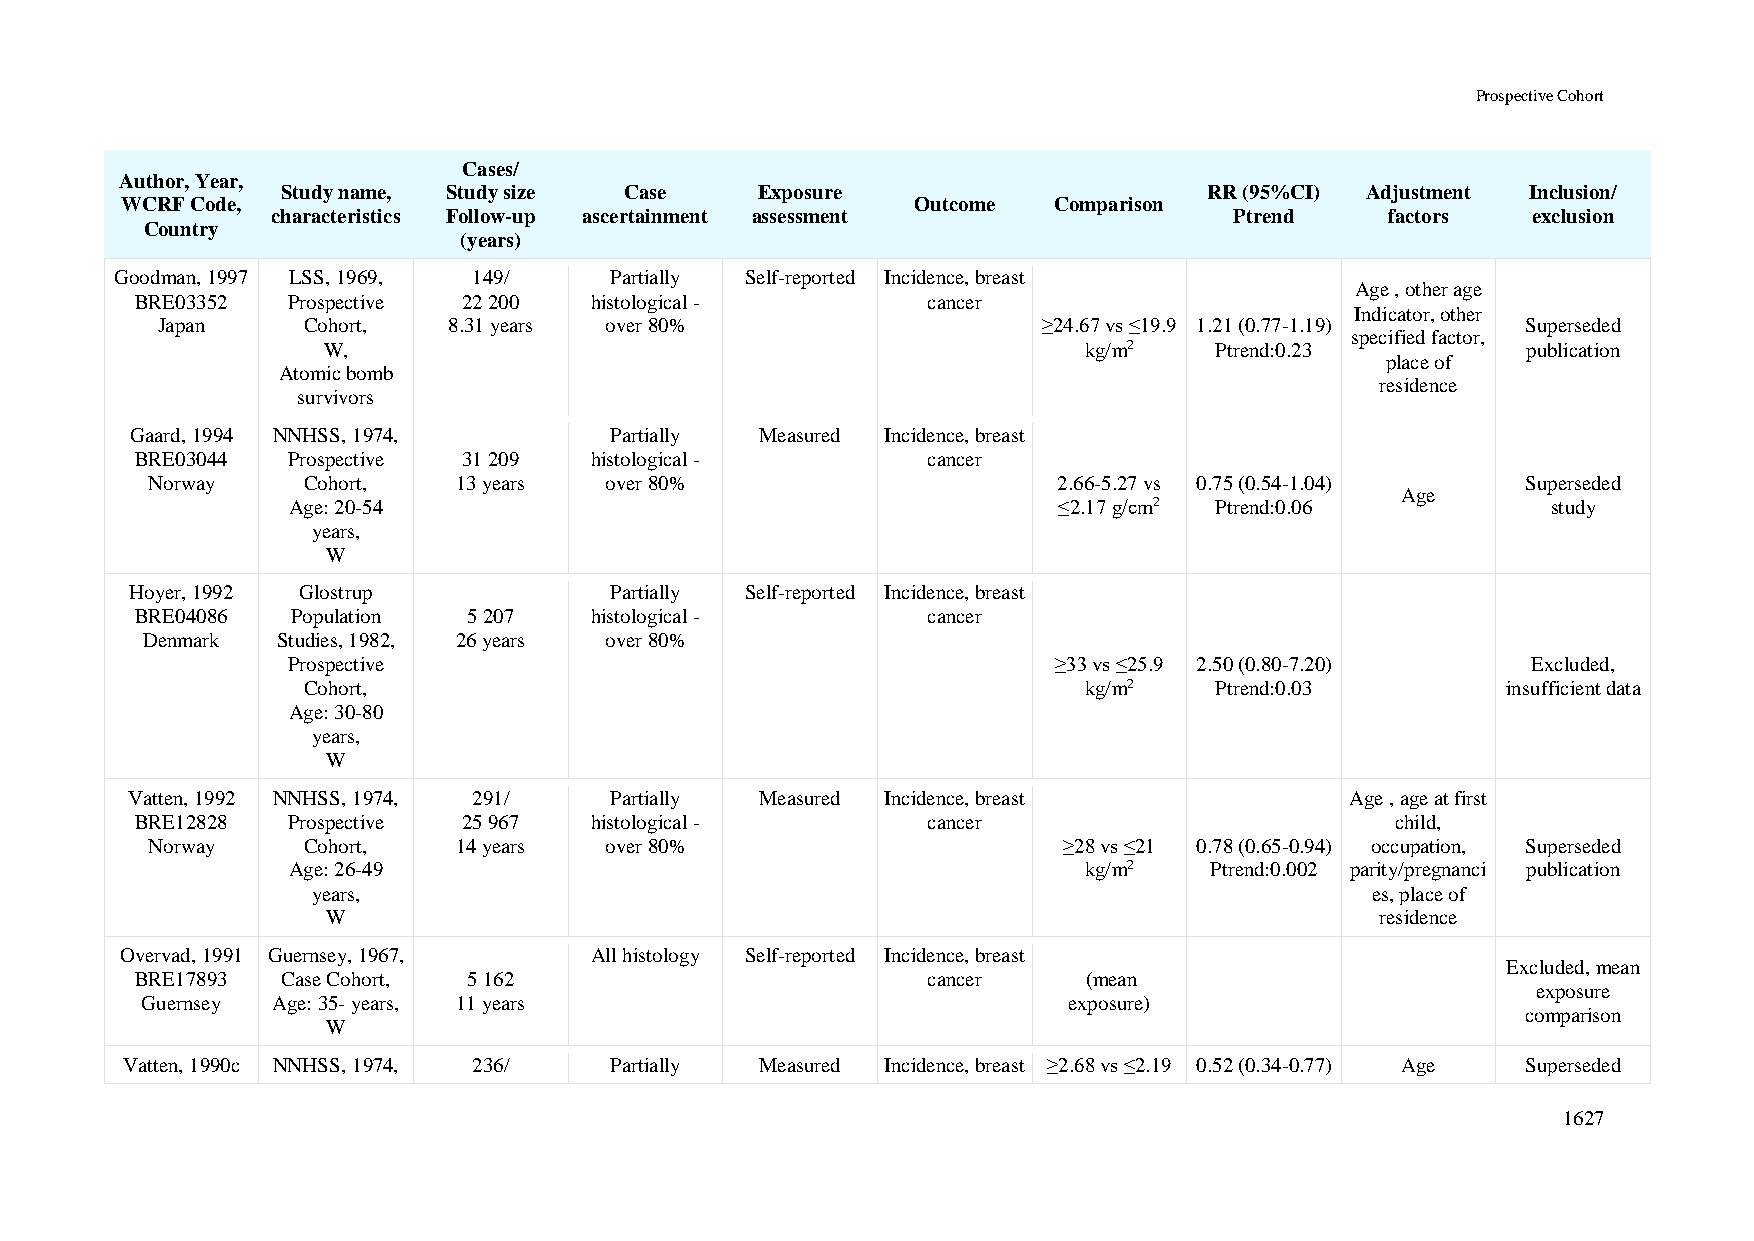
Prospective Cohort
 Cases/
 Author, Year,
 Study name, Study size Case    Exposure                      RR (95%CI) Adjustment Inclusion/
 WCRF Code,                                           Outcome  Comparison
 characteristics Follow-up ascertainment assessment              Ptrend    factors  exclusion
 Country
 (years)
 Goodman, 1997 LSS, 1969, 149/   Partially Self-reported Incidence, breast
 Age , other age
 BRE03352  Prospective 22 200  histological -        cancer
 Indicator, other
 Japan     Cohort,   8.31 years over 80%                    ≥24.67 vs ≤19.9 1.21 (0.77-1.19) Superseded
 specified factor,
 W,                                                 kg/m2   Ptrend:0.23          publication
 place of
 Atomic bomb
 residence
 survivors
 Gaard, 1994 NNHSS, 1974,       Partially Measured Incidence, breast
 BRE03044  Prospective 31 209  histological -        cancer
 Norway    Cohort,   13 years  over 80%                      2.66-5.27 vs 0.75 (0.54-1.04)  Superseded
 Age
 Age: 20-54                                         ≤2.17 g/cm2 Ptrend:0.06          study
 years,
 W
 Hoyer, 1992 Glostrup           Partially Self-reported Incidence, breast
 BRE04086  Population  5 207   histological -        cancer
 Denmark  Studies, 1982, 26 years over 80%
 Prospective                                        ≥33 vs ≤25.9 2.50 (0.80-7.20)  Excluded,
 Cohort,                                             kg/m2   Ptrend:0.03         insufficient data
 Age: 30-80
 years,
 W
 Vatten, 1992 NNHSS, 1974, 291/  Partially Measured Incidence, breast             Age , age at first
 BRE12828  Prospective 25 967  histological -        cancer                         child,
 Norway    Cohort,   14 years  over 80%                      ≥28 vs ≤21 0.78 (0.65-0.94) occupation, Superseded
 Age: 26-49                                           kg/m2   Ptrend:0.002 parity/pregnanci publication
 years,                                                                es, place of
 W                                                                    residence
 Overvad, 1991 Guernsey, 1967,  All histology Self-reported Incidence, breast
 Excluded, mean
 BRE17893  Case Cohort, 5 162                        cancer     (mean
 exposure
 Guernsey Age: 35- years, 11 years                             exposure)
 comparison
 W
 Vatten, 1990c NNHSS, 1974, 236/ Partially Measured Incidence, breast ≥2.68 vs ≤2.19 0.52 (0.34-0.77) Age Superseded
 1627